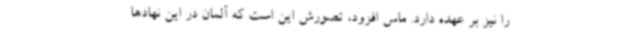
را نیز بر عهده دارد. ماس افزود، تصورش این است که آلمان در این نهادها